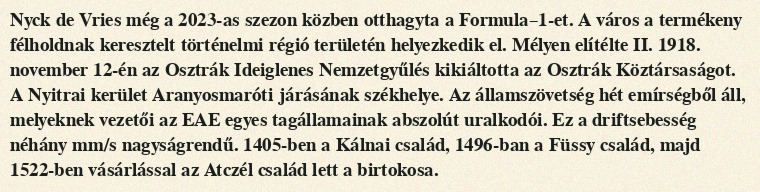
Nyck de Vries még a 2023-as szezon közben otthagyta a Formula–1-et. A város a termékeny félholdnak keresztelt történelmi régió területén helyezkedik el. Mélyen elítélte II. 1918. november 12-én az Osztrák Ideiglenes Nemzetgyűlés kikiáltotta az Osztrák Köztársaságot. A Nyitrai kerület Aranyosmaróti járásának székhelye. Az államszövetség hét emírségből áll, melyeknek vezetői az EAE egyes tagállamainak abszolút uralkodói. Ez a driftsebesség néhány mm/s nagyságrendű. 1405-ben a Kálnai család, 1496-ban a Füssy család, majd 1522-ben vásárlással az Atczél család lett a birtokosa.